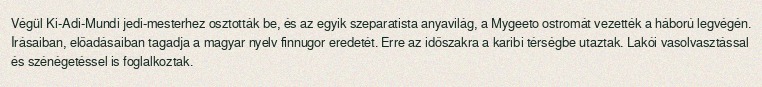
Végül Ki-Adi-Mundi jedi-mesterhez osztották be, és az egyik szeparatista anyavilág, a Mygeeto ostromát vezették a háború legvégén. Írásaiban, előadásaiban tagadja a magyar nyelv finnugor eredetét. Erre az időszakra a karibi térségbe utaztak. Lakói vasolvasztással és szénégetéssel is foglalkoztak.